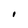
Character: I